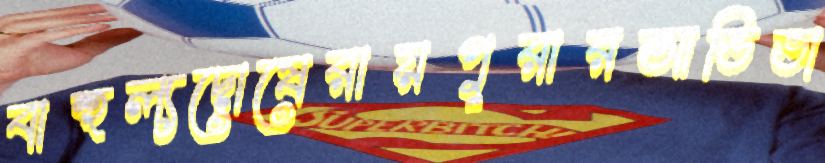
বাহুল্যদোষেরায়পুরারআভিভা